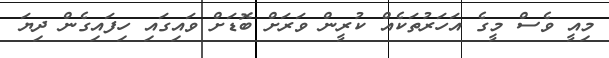
މިއީ ވެސް މީގެ އަހަރުތަކެއް ކުރީން ވަރަށް ބޮޑަށް ވައިގައި ހިފައިގެން ދިޔަ